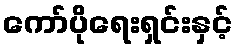
ကော်ပိုရေးရှင်းနှင့်